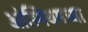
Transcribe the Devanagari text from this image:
ओस्मियमच्या